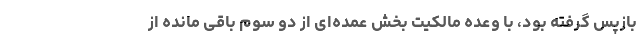
بازپس گرفته بود، با وعده مالکیت بخش عمده‌ای از دو سوم باقی مانده از